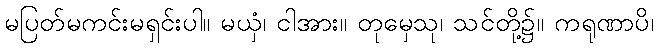
မပြတ်မကင်းမရှင်းပါ။ မယှံ၊ ငါအား။ တုမှေသု၊ သင်တို့၌။ ကရုဏာပိ၊